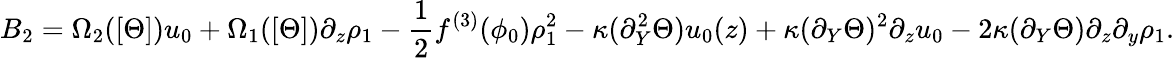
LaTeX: B_{2}=\Omega_{2}([\Theta])u_{0}+\Omega_{1}([\Theta])\partial_{z}\rho_{1}-\frac{1}{2}f^{(3)}(\phi_{0})\rho_{1}^{2}-\kappa(\partial_{Y}^{2}\Theta)u_{0}(z)+\kappa(\partial_{Y}\Theta)^{2}\partial_{z}u_{0}-2\kappa(\partial_{Y}\Theta)\partial_{z}\partial_{y}\rho_{1}.